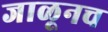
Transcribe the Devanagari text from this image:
जाळूनच